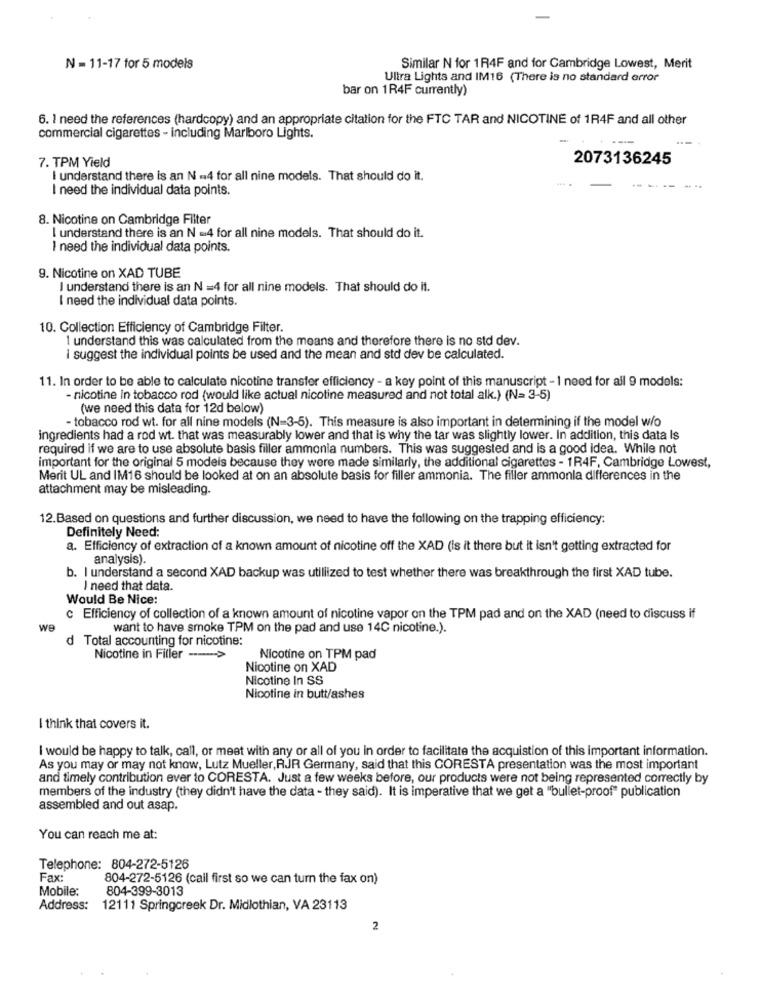
-
N = 11-17 for 5 models
Similar N for 1R4F and for Cambridge Lowest, Merit
Ultra Lights and IM16 (There is no standard error
bar on 1R4F currently)
6. I need the references (hardcopy) and an appropriate citation for the FTC TAR and NICOTINE of 1R4F and all other
commercial cigarettes - including Marlboro Lights.
----
7. TPM Yield
2073136245
I understand there is an N =4 for all nine models. That should do it.
I need the individual data points.
8. Nicotine on Cambridge Filter
I understand there is an N =4 for all nine models. That should do it.
I need the individual data points.
9. Nicotine on XAD TUBE
I understand there is an N =4 for all nine models. That should do it.
I need the individual data points.
10. Collection Efficiency of Cambridge Filter.
I understand this was calculated from the means and therefore there is no std dev.
I suggest the individual points be used and the mean and std dev be calculated.
11. In order to be able to calculate nicotine transfor efficiency - a key point of this manuscript - I need for all 9 models:
- nicotine in tobacco rod (would like actual nicotine measured and not total alk.) (N= 3-5)
(we need this data for 12d below)
- tobacco rod wt. for all nine models (N=3-5). This measure is also important in determining if the model w/o
ingredients had a rod wt. that was measurably lower and that is why the tar was slightly lower. In addition, this data Is
required if we are to use absolute basis filler ammonia numbers. This was suggested and is a good idea. While not
important for the original 5 models because they were made similarly, the additional cigarettes - 1R4F, Cambridge Lowest,
Merit UL and IM16 should be looked at on an absolute basis for filler ammonia. The filler ammonla differences in the
attachment may be misleading.
12.Based on questions and further discussion, we need to have the following on the trapping efficiency:
Definitely Need:
a. Efficiency of extraction of a known amount of nicotine off the XAD (is it there but it isn't getting extracted for
analysis).
b. I understand a second XAD backup was utillized to test whether there was breakthrough the first XAD tube.
I need that data.
Would Be Nice:
c Efficiency of collection of a known amount of nicotine vapor on the TPM pad and on the XAD (need to discuss if
want to have smoke TPM on the pad and use 14C nicotine.).
d Total accounting for nicotine:
Nicotine in Filler --- >
Nicotine on TPM pad
Nicotine on XAD
Nicotine In SS
Nicotine in butt/ashes
I think that covers it.
I would be happy to talk, call, or meet with any or all of you in order to facilitate the acquistion of this important information.
As you may or may not know, Lutz Mueller, RJR Germany, said that this CORESTA presentation was the most important
and timely contribution ever to CORESTA. Just a few weeks before, our products were not being represented correctly by
members of the industry (they didn't have the data - they said). It is imperative that we get a "bullet-proof" publication
assembled and out asap.
You can reach me at:
Telephone: 804-272-5126
Fax:
804-272-5126 (call first so we can turn the fax on)
Mobile:
804-399-3013
Address:
12111 Springcreek Dr. Midlothian, VA 23113
2